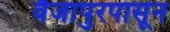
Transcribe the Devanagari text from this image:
वैजापुरपासून